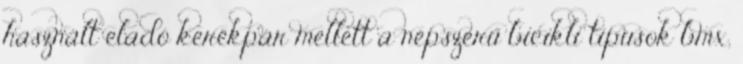
használt eladó kerékpár mellett a népszerű bicikli típusok bmx,